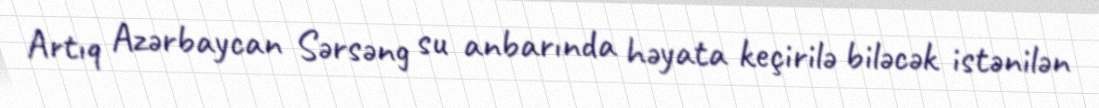
Artıq Azərbaycan Sərsəng su anbarında həyata keçirilə biləcək istənilən